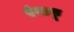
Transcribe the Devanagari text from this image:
रंगाकू